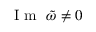
\mathrm { ~ I ~ m ~ } ~ \tilde { \omega } \neq 0